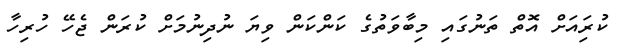
ކުރިައަށް އޮތް ތަނުގައި މިބާވަތުގެ ކަންކަން ވިޔަ ނުދިނުމަށް ކުރަން ޖެހޭ ހުރިހާ